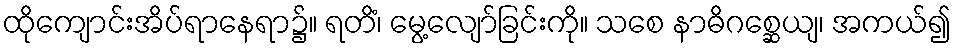
ထိုကျောင်းအိပ်ရာနေရာ၌။ ရတိံ၊ မွေ့လျော်ခြင်းကို။ သစေ နာဓိဂစ္ဆေယျ၊ အကယ်၍